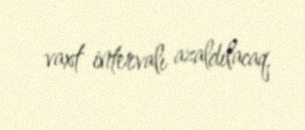
vaxt intervalı azaldılacaq.